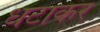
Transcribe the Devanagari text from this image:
धटाकर